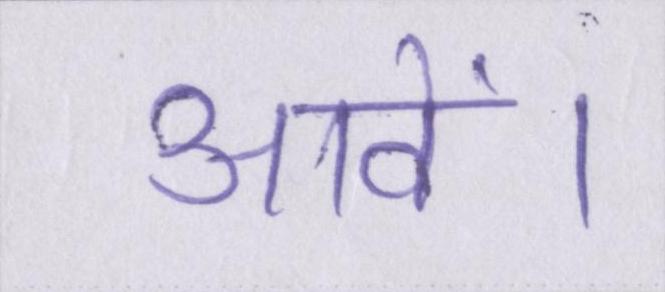
आवें।